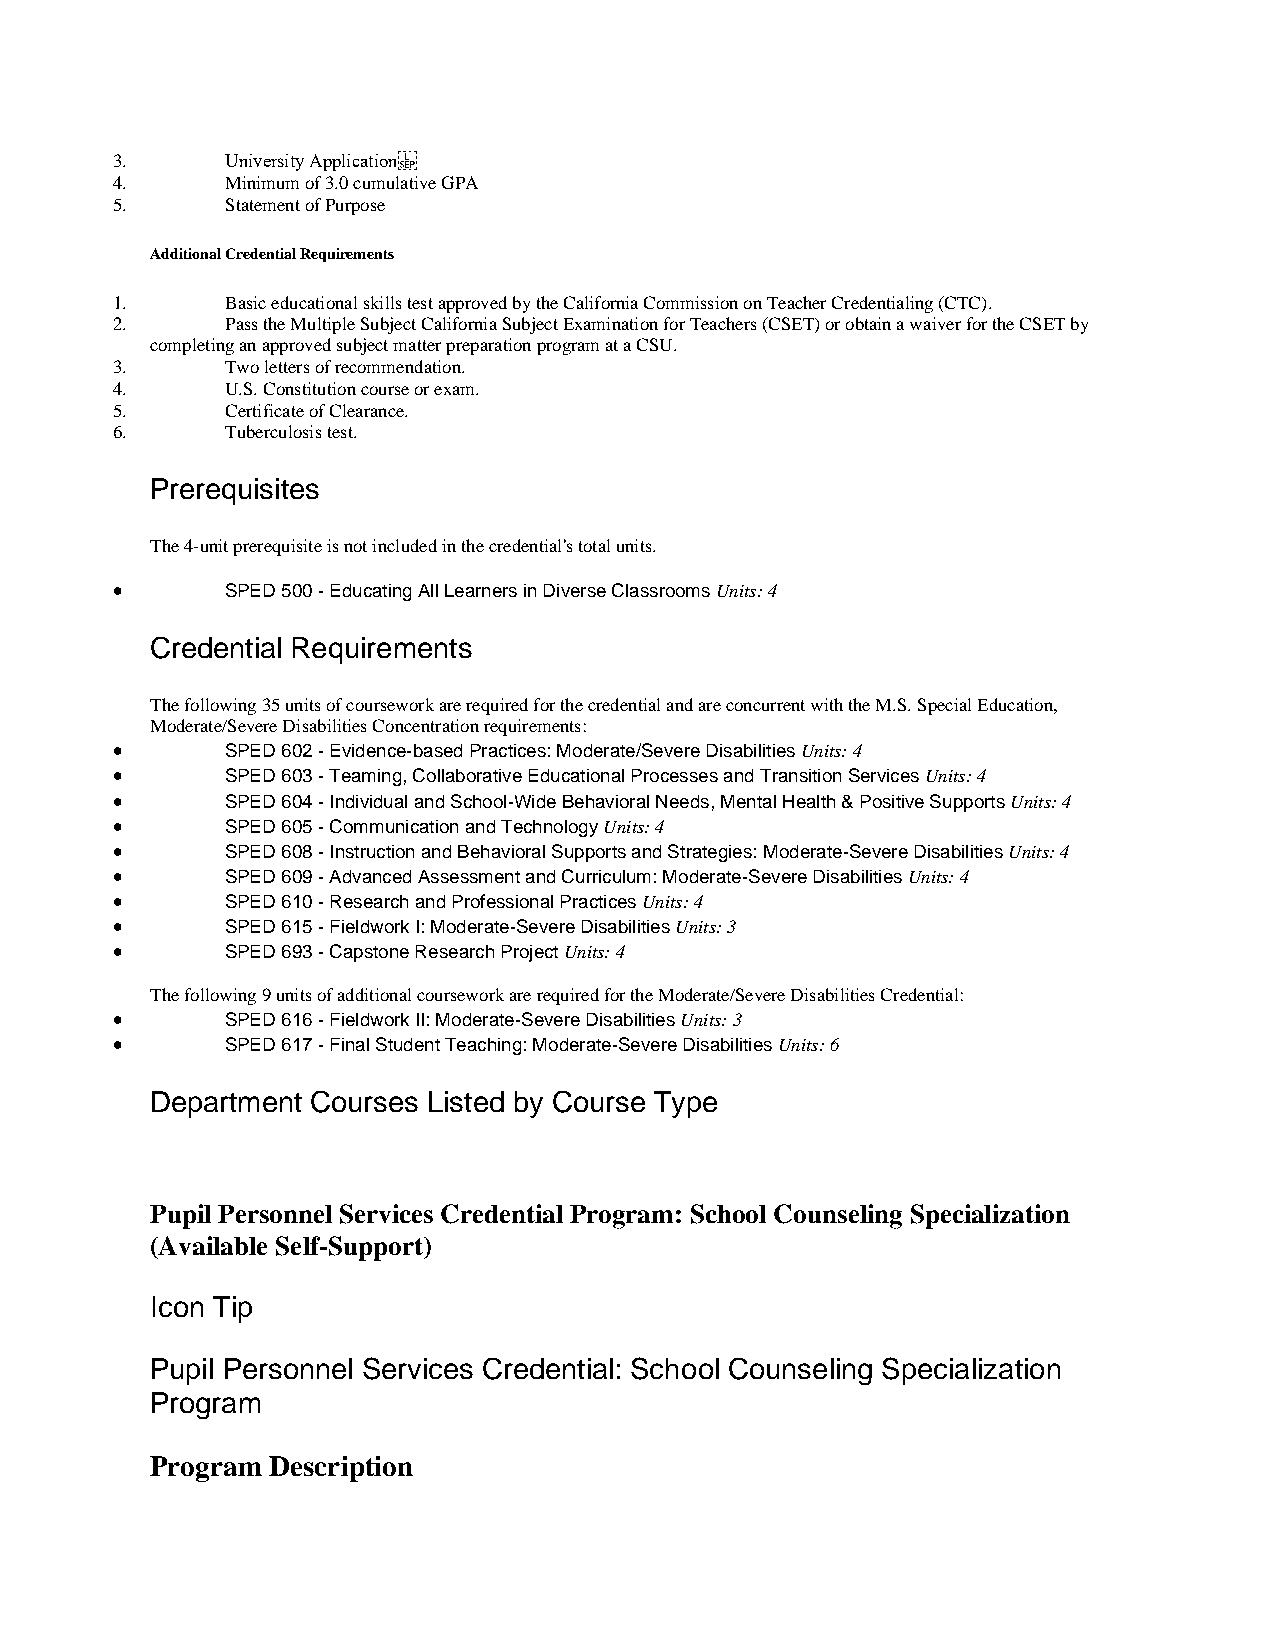
3.      University Application
 4.      Minimum of 3.0 cumulative GPA
 5.      Statement of Purpose
 Additional Credential Requirements
 1.      Basic educational skills test approved by the California Commission on Teacher Credentialing (CTC).
 2.      Pass the Multiple Subject California Subject Examination for Teachers (CSET) or obtain a waiver for the CSET by
 completing an approved subject matter preparation program at a CSU.
 3.      Two letters of recommendation.
 4.      U.S. Constitution course or exam.
 5.      Certificate of Clearance.
 6.      Tuberculosis test.
 Prerequisites
 The 4-unit prerequisite is not included in the credential's total units.
 •       SPED 500 - Educating All Learners in Diverse Classrooms Units: 4
 Credential Requirements
 The following 35 units of coursework are required for the credential and are concurrent with the M.S. Special Education,
 Moderate/Severe Disabilities Concentration requirements:
 •       SPED 602 - Evidence-based Practices: Moderate/Severe Disabilities Units: 4
 •       SPED 603 - Teaming, Collaborative Educational Processes and Transition Services Units: 4
 •       SPED 604 - Individual and School-Wide Behavioral Needs, Mental Health & Positive Supports Units: 4
 •       SPED 605 - Communication and Technology Units: 4
 •       SPED 608 - Instruction and Behavioral Supports and Strategies: Moderate-Severe Disabilities Units: 4
 •       SPED 609 - Advanced Assessment and Curriculum: Moderate-Severe Disabilities Units: 4
 •       SPED 610 - Research and Professional Practices Units: 4
 •       SPED 615 - Fieldwork I: Moderate-Severe Disabilities Units: 3
 •       SPED 693 - Capstone Research Project Units: 4
 The following 9 units of additional coursework are required for the Moderate/Severe Disabilities Credential:
 •       SPED 616 - Fieldwork II: Moderate-Severe Disabilities Units: 3
 •       SPED 617 - Final Student Teaching: Moderate-Severe Disabilities Units: 6
 Department Courses Listed by Course Type
 Pupil Personnel Services Credential Program: School Counseling Specialization
 (Available Self-Support)
 Icon Tip
 Pupil Personnel Services Credential: School Counseling Specialization
 Program
 Program Description